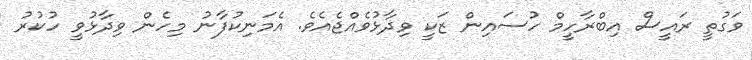
ވަގުތީ ރައީސް އިބްރާހީމް ހުސައިން ޒަކީ ވިދާޅުވެއްޖެއެވެ. އެމަނިކުފާނު މިހެން ވިދާޅުވީ ހުކުރު